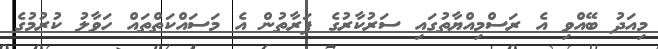
މިއަދު ބޭއްވި އެ ރަސްމިއްޔާތުގައި ސަރުކާރުގެ ފަރާތުން އެ މަސައްކަތްތައް ހަވާލު ކުރުމުގެ